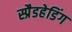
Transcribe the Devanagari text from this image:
स्प्रैडहेडिंग